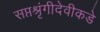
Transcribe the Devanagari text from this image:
सप्तश्रृंगीदेवीकडे